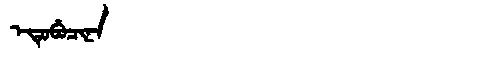
Manchu: ᡝᡨᡠᠪᡠᠴᡳᠨᠠ
Romanization: ETUBUCINA